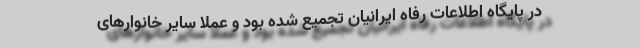
در پایگاه اطلاعات رفاه ایرانیان تجمیع شده بود و عملاً سایر خانوارهای